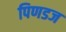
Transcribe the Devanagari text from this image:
पिणडज